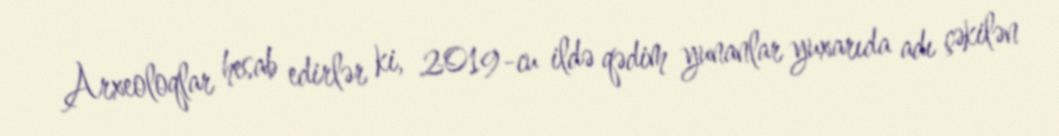
Arxeoloqlar hesab edirlər ki, 2019-cu ildə qədim yunanlar yuxarıda adı çəkilən